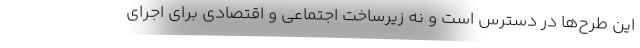
این طرح‌ها در دسترس است و نه زیرساخت اجتماعی و اقتصادی برای اجرای